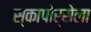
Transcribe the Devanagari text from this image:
स्कापोर्सेला